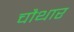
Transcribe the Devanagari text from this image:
चौथार